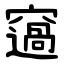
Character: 䆼